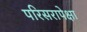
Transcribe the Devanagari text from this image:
परिसरापेक्षा